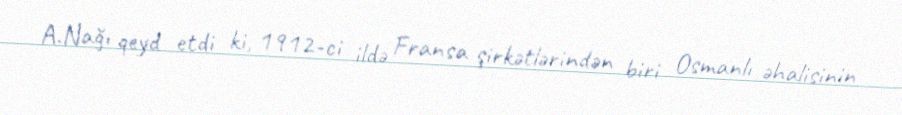
A.Nağı qeyd etdi ki, 1912-ci ildə Fransa şirkətlərindən biri Osmanlı əhalisinin